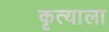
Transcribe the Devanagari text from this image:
कृत्याला